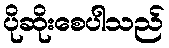
ပိုဆိုးစေပါသည်